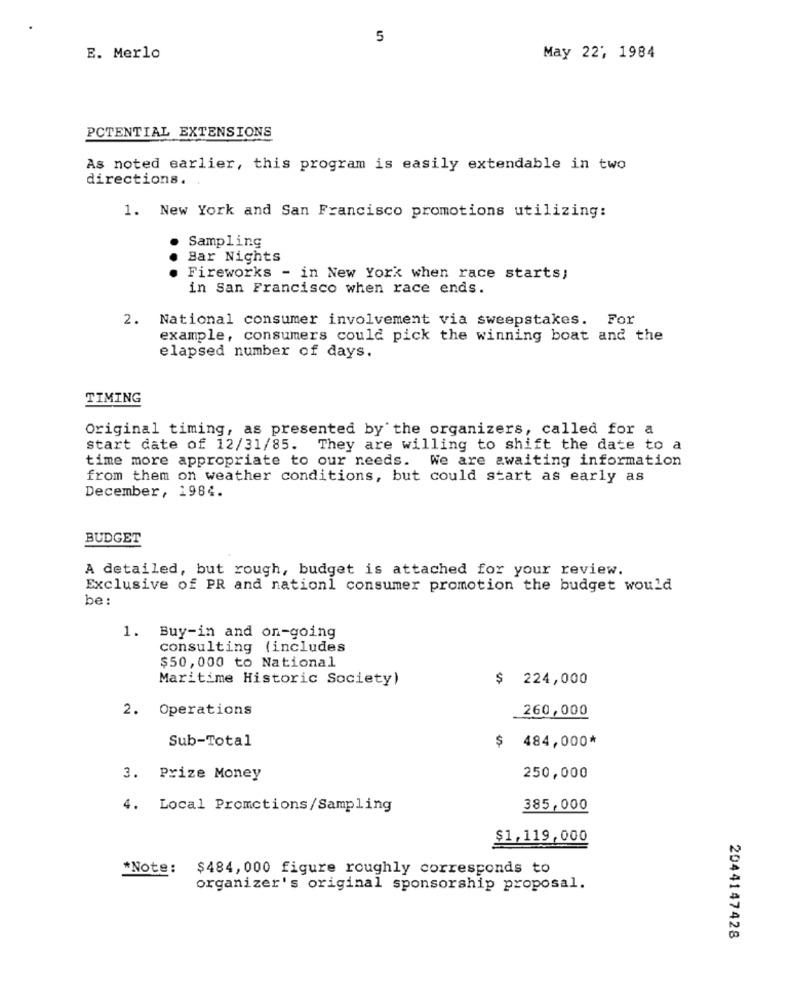
5
E. Merlo
May 22', 1984
POTENTIAL EXTENSIONS
As noted earlier, this program is easily extendable in two
directions.
1. New York and San Francisco promotions utilizing:
Sampling
Bar Nights
Fireworks - in New York when race starts;
in San Francisco when race ends.
2. National consumer involvement via sweepstakes. For
example, consumers could pick the winning boat and the
elapsed number of days.
TIMING
Original timing, as presented by the organizers, called for a
start date of 12/31/85. They are willing to shift the date to a
time more appropriate to our needs. We are awaiting information
from them on weather conditions, but could start as early as
December, 1984.
BUDGET
A detailed, but rough, budget is attached for your review.
Exclusive of PR and nationl consumer promotion the budget would
be
1. Buy-in and on-going
consulting (includes
$50,000 to National
Maritime Historic Society)
$ 224,000
2. Operations
260,000
Sub-Total
$ 484,000*
3. Prize Money
250,000
4. Local Promctions/Sampling
385,000
$1,119,000
*Note:
$484,000 figure roughly corresponds to
organizer's original sponsorship proposal.
2044147428